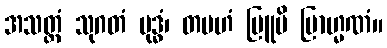
အသတ္တံ သုဂတံ ဗုဒ္ဓံ၊ တမဟံ ဗြူမိ ဗြာဟ္မဏံ။